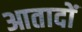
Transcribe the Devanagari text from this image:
आतादों